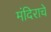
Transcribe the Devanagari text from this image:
मंदिराचे